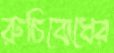
রুচিবোধের